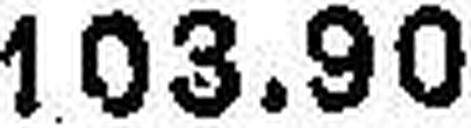
103.90